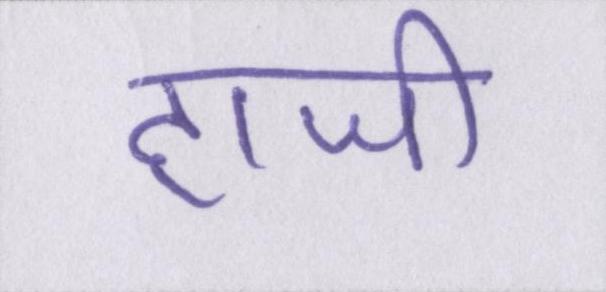
हाजी